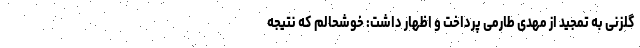
گلزنی به تمجید از مهدی طارمی پرداخت و اظهار داشت: خوشحالم که نتیجه